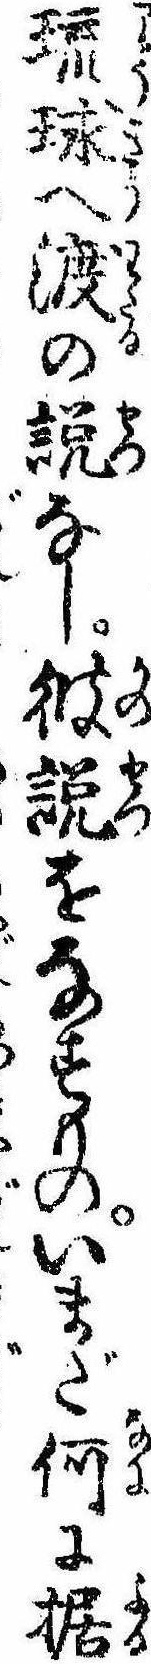
琉球へ渡の説なし彼説をなすものいまだ何に据